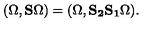
( \Omega , { \bf S } \Omega ) = ( \Omega , { \bf S _ { 2 } S _ { 1 } } \Omega ) .